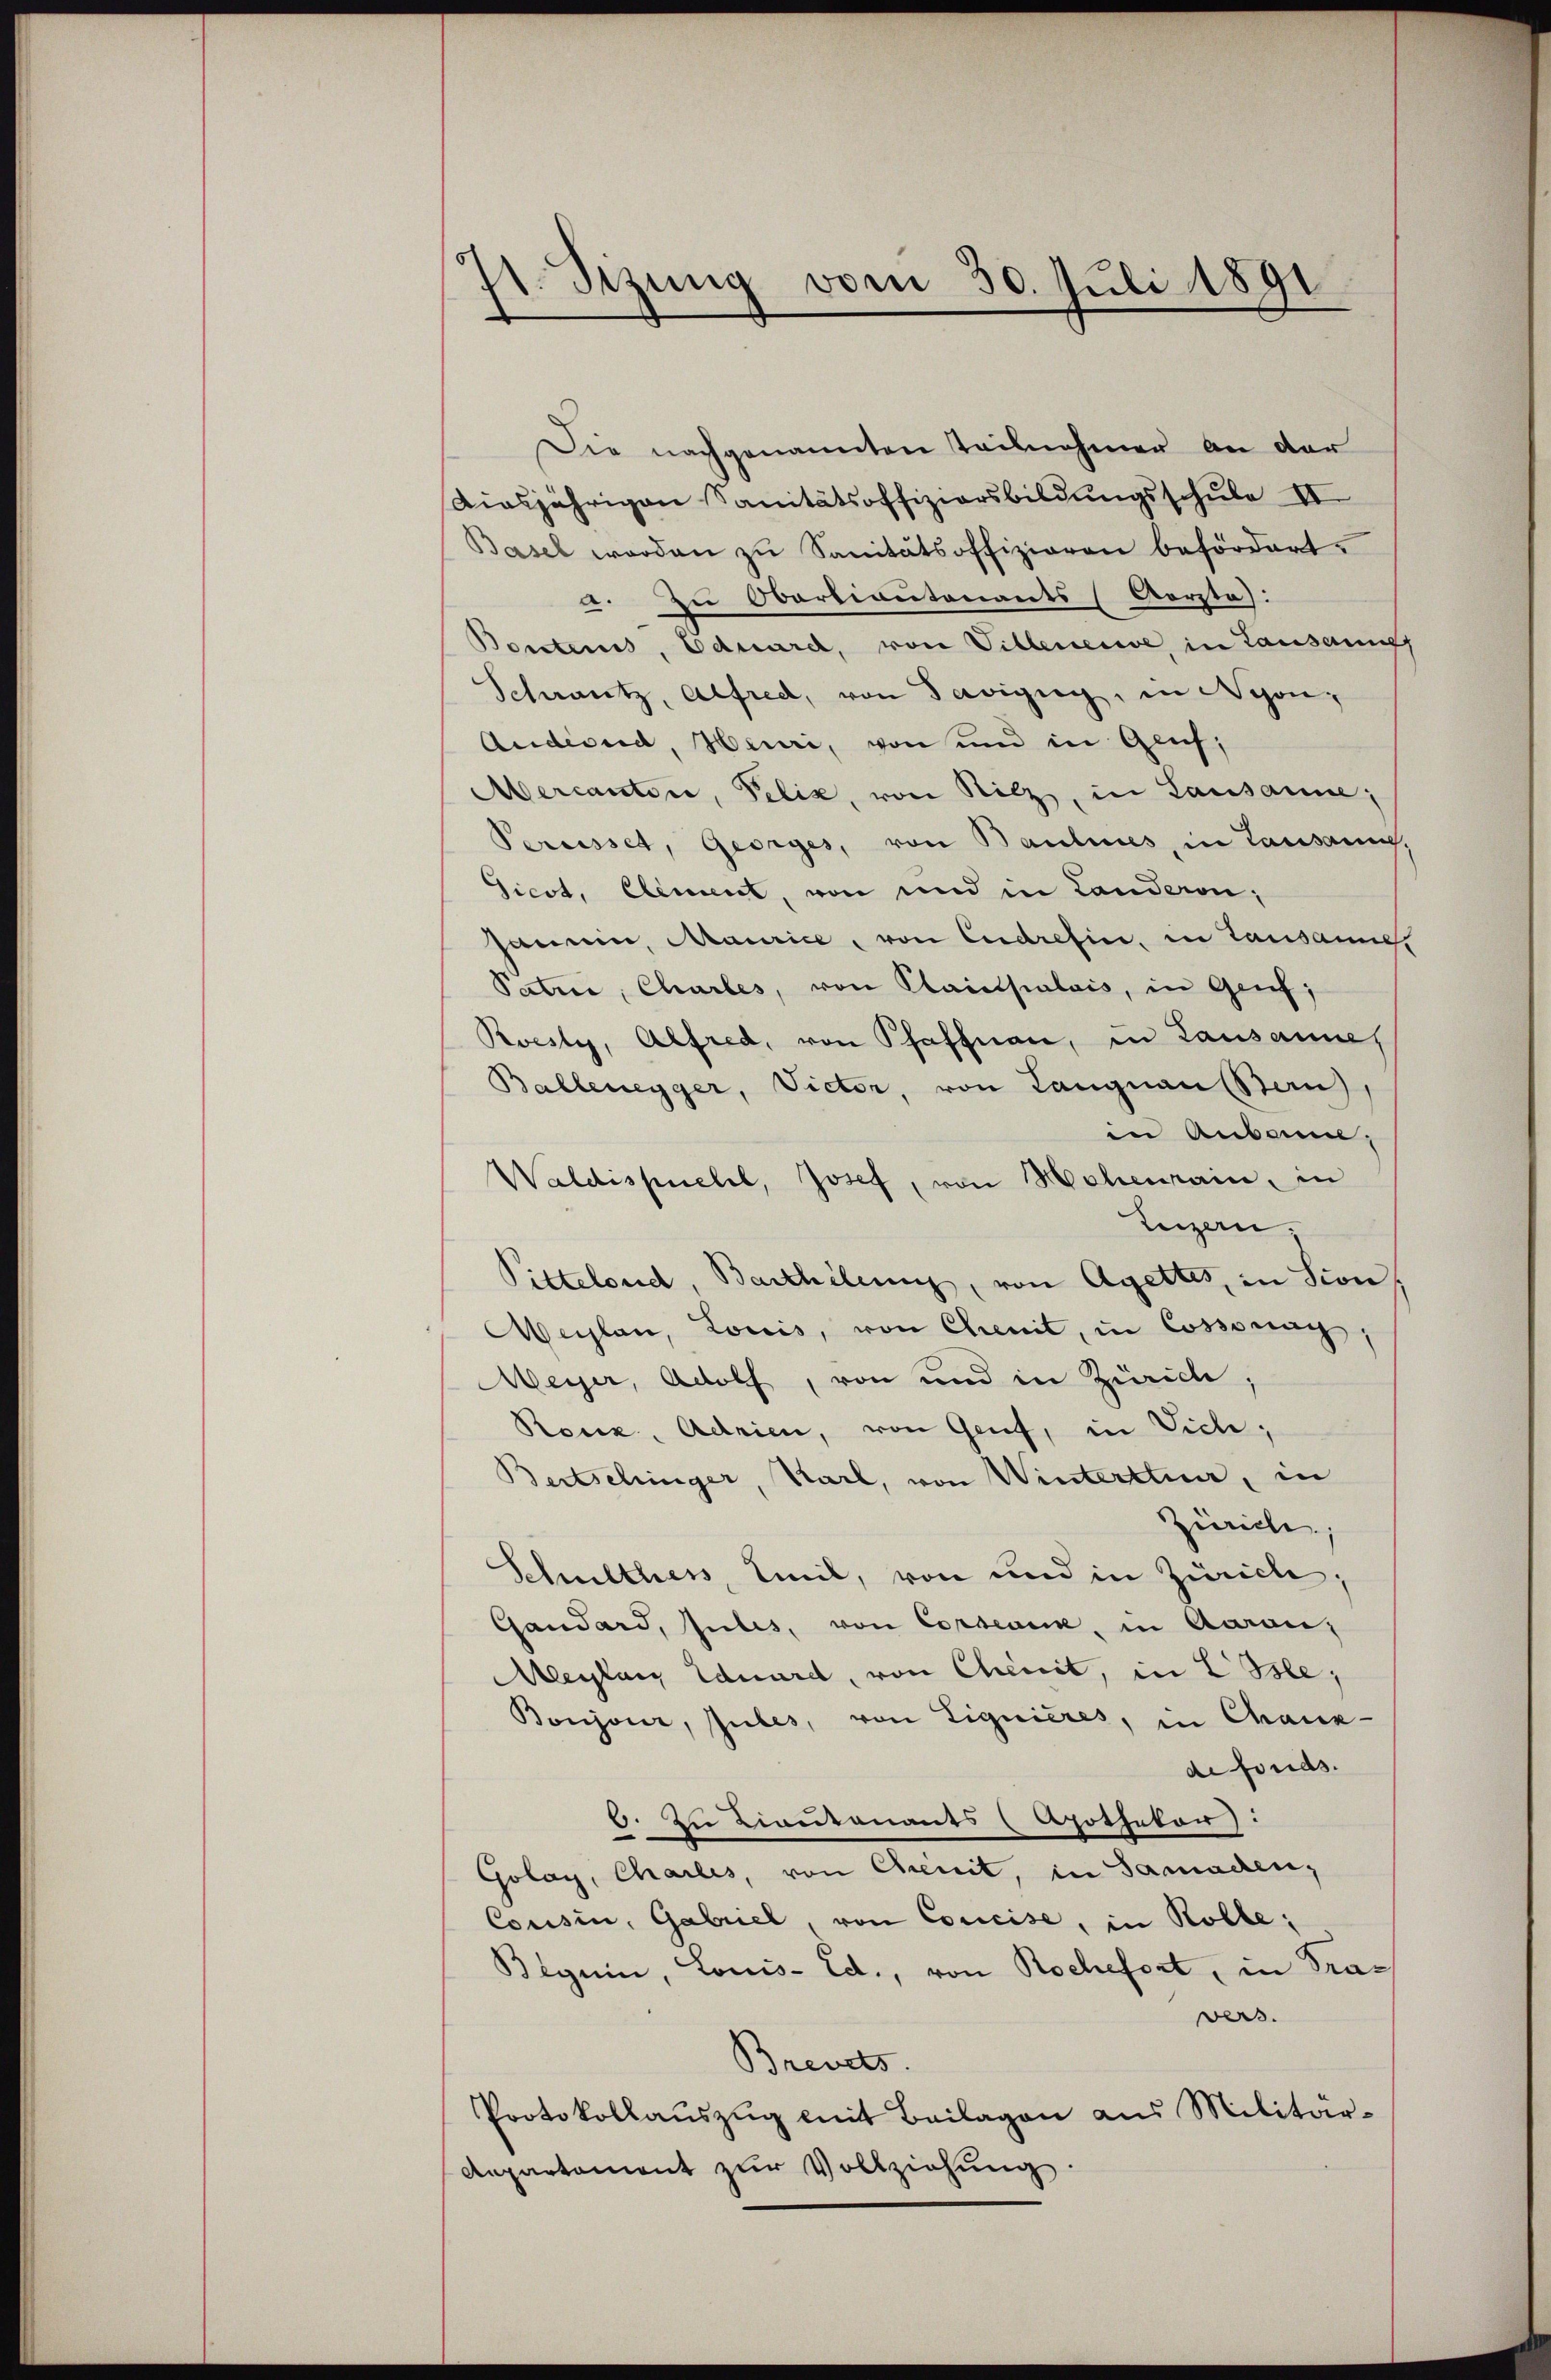
st. Sizung vom 30. Juli 1891

Die nachgenannten Teilnehmer an der
diesjährigen Sanitätsoffizionsbildungsschule II
Basel werden zu Sanitätsoffizieren befördert.
a. Zu Obertiantonants (Aorste):
Bontens, Eduard, von Villenesie in Lausannff
Schwutz, Alfred, von Savigig, in Nyon,
Andernd, Heuri, von und in Genf,
Mercantire, Pelik, von Silz, in Lausanne;
Percesset, Georges, von Baulines, in Lausaung
Gicot, Element, von und in Landeron,
Janein, Maurice, von Cudrefin, in Lausanne,
Patrie, Chartes, von Plaicipalais, in Genf;
Rvesly, Alfred, von Pfaffnau, in Lausannes
Ballenegger, Victor, von Langnau aus,
in Anbann;
Waldispuelel, Josef, von Mechenrain, in
Luzern,
Pittelond, Barthilung, von Agettes, in sion
Maylan, Louis, von Chenit, in Cossung,
Weyer, Adolf, von und in Zürich
Rouz, Adrien, von Genf, in Viele;
Bertschinger, Karl, von Winterttuar, in
Zürich,
Schulthess, Sil, von und in Zürich,
Gandard, Julis, von Corseum, in Aarau,
leylanz Eduard, von Chemit, in L Isle;
Boujour, Jubes, von Lignieres, in Chaux-
de fonds.
6. Zu Lieutenants (Apothekar:
Golay, Charles, von Chenit, in Samachen,
Cousin, Gabel, von Concise, in Rolle;
Beguin, Louis-Ed., von Rochefort, in Praers.
Brevets.
Protokollauszug mit Beilagen aus Militär¬
Aepartement zŭr Vollziehung.